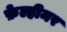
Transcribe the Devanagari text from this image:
फ़ेल्हीमर